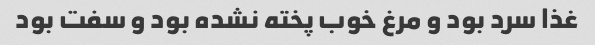
غذا سرد بود و مرغ خوب پخته نشده بود و سفت بود